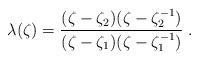
LaTeX: \begin{align*}\lambda(\zeta)=\frac{(\zeta-\zeta_2)(\zeta-\zeta_2^{-1})}{(\zeta-\zeta_1)(\zeta-\zeta_1^{-1})}\;.\end{align*}